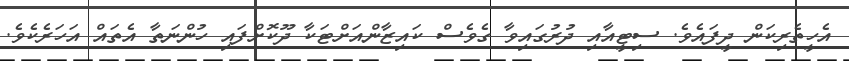
އެހީތެރިކަން ދީފައެވެ. ސިޓީއާއި ދުރުގައިވާ ގެވެސް ކައިޒާންއަށްޓަކާ ދޫކޮށްފައި ހުންނަތާ އެތައް އަހަރެކެވެ.